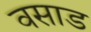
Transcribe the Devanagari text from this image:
वसाड